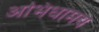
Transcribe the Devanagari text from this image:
अभिधामय